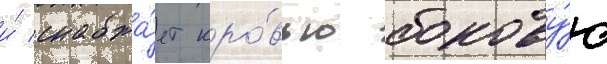
и́ снабжа́ет кро́вью бокову́ю